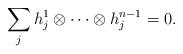
LaTeX: \begin{align*}\sum_{j} h_j^1\otimes \cdots \otimes h_j^{n-1}=0.\end{align*}